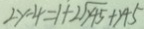
2 y - 4 = 1 + 2 \sqrt { y + 5 } + y + 5